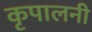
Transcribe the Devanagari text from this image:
कृपालनी